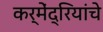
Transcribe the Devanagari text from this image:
कर्मेंद्रियांचे